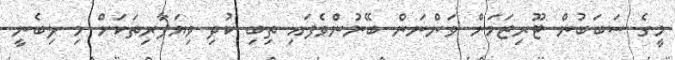
މީގެ ސަބަބުން ޓޫރިޒަމަށް ވަންނަން ބޭނުންވެފައި ތިބި ކުދި ވިޔަފާރިތަކަށް މި ލިބެނީ